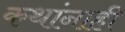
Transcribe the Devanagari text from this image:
कथांनाही